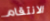
الانتقام